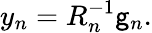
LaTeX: y_{n}=R_{n}^{-1}\mathsf{g}_{n}.